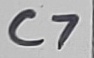
Text: C7